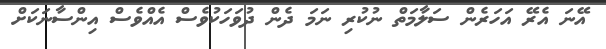
އޭނަ އެރޭ އަހަރެން ސަލާމަތް ނުކުރި ނަމަ ދެން ދުވަހަކުވެސް އެއްވެސް އިންސާނަކަށް